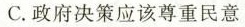
C.政府决策应该尊重民意